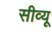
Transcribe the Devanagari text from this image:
सीव्‍यू